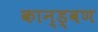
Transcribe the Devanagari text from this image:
कान्ड्वण